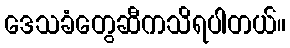
ဒေသခံတွေဆီကသိရပါတယ်။